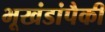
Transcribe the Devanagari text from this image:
भूखंडांपैकी